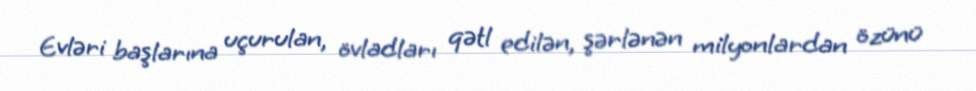
Evləri başlarına uçurulan, övladları qətl edilən, şərlənən milyonlardan özünü